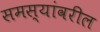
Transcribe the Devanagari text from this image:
समस्यांवरील